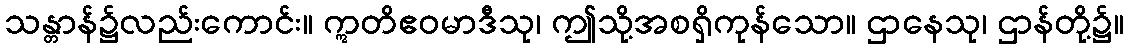
သန္တာန်၌လည်းကောင်း။ ဣတိဧဝမာဒီသု၊ ဤသို့အစရှိကုန်သော။ ဌာနေသု၊ ဌာန်တို့၌။